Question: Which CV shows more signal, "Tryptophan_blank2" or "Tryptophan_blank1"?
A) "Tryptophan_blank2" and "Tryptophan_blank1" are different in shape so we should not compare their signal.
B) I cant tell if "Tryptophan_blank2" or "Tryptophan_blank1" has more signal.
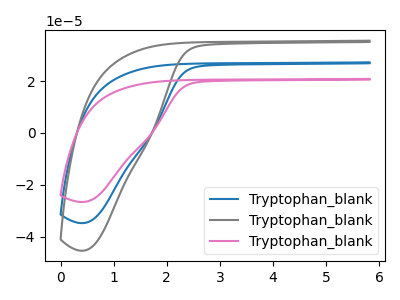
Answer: <think>The blue curve "Tryptophan_blank1" has no peaks. The gray curve "Tryptophan_blank2" has no peaks. The pink curve "Tryptophan_blank3" has no peaks.
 Neither "Tryptophan_blank2" or "Tryptophan_blank1" have any peaks.</think>
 <answer>B) I cant tell if "Tryptophan_blank2" or "Tryptophan_blank1" has more signal.</answer>
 <eval>B</eval>